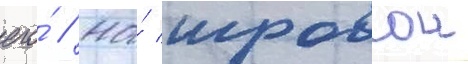
его́ // На́ игровои